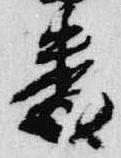
番